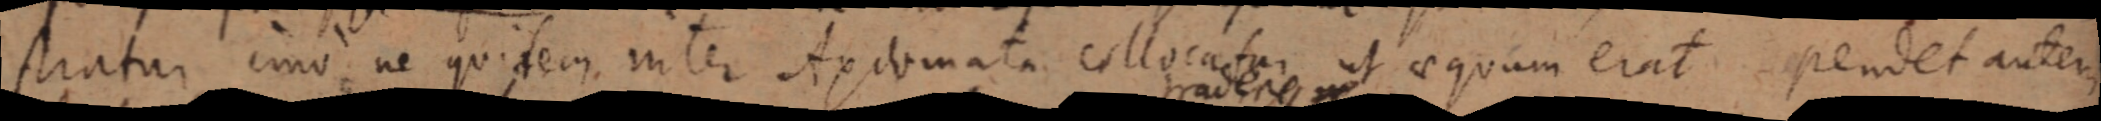
stratur imo ne quidem inter Axiomata collocatur ut aequam erat pendet autem